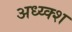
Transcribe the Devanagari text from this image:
अध्य्क्श